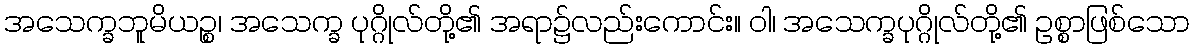
အသေက္ခဘူမိယဉ္စ၊ အသေက္ခ ပုဂ္ဂိုလ်တို့၏ အရာ၌လည်းကောင်း။ ဝါ၊ အသေက္ခပုဂ္ဂိုလ်တို့၏ ဥစ္စာဖြစ်သော